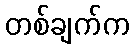
တစ်ချက်က